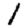
Digit: 1